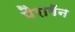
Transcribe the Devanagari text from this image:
पैरागॅन